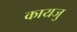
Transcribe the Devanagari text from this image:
कायजु